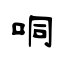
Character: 哃